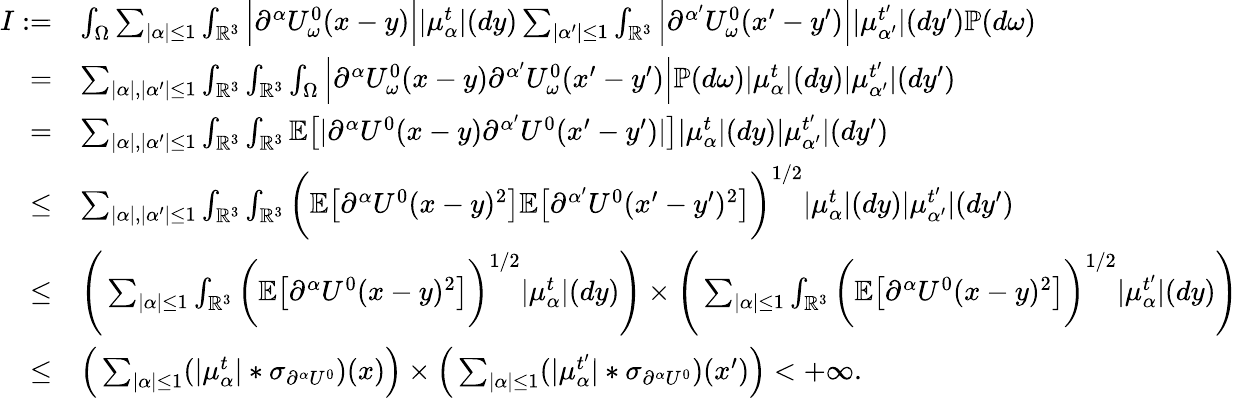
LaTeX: \begin{array}{rl}{I:=}&{\int_{\Omega}\sum_{|\alpha|\leq 1}\int_{\mathbb{R}^{3}}\Big|\partial^{\alpha}U_{\omega}^{0}(x-y)\Big||\mu_{\alpha}^{t}|(dy)\sum_{|\alpha^{\prime}|\leq 1}\int_{\mathbb{R}^{3}}\Big|\partial^{\alpha^{\prime}}U_{\omega}^{0}(x^{\prime}-y^{\prime})\Big||\mu_{\alpha^{\prime}}^{t^{\prime}}|(dy^{\prime})\mathbb{P}(d\omega)}\\ {=}&{\sum_{|\alpha|,|\alpha^{\prime}|\leq 1}\int_{\mathbb{R}^{3}}\int_{\mathbb{R}^{3}}\int_{\Omega}\Big|\partial^{\alpha}U_{\omega}^{0}(x-y)\partial^{\alpha^{\prime}}U_{\omega}^{0}(x^{\prime}-y^{\prime})\Big|\mathbb{P}(d\omega)|\mu_{\alpha}^{t}|(dy)|\mu_{\alpha^{\prime}}^{t^{\prime}}|(dy^{\prime})}\\ {=}&{\sum_{|\alpha|,|\alpha^{\prime}|\leq 1}\int_{\mathbb{R}^{3}}\int_{\mathbb{R}^{3}}\mathbb{E}\big[|\partial^{\alpha}U^{0}(x-y)\partial^{\alpha^{\prime}}U^{0}(x^{\prime}-y^{\prime})|\big]|\mu_{\alpha}^{t}|(dy)|\mu_{\alpha^{\prime}}^{t^{\prime}}|(dy^{\prime})}\\ {\leq}&{\sum_{|\alpha|,|\alpha^{\prime}|\leq 1}\int_{\mathbb{R}^{3}}\int_{\mathbb{R}^{3}}\bigg(\mathbb{E}\big[\partial^{\alpha}U^{0}(x-y)^{2}\big]\mathbb{E}\big[\partial^{\alpha^{\prime}}U^{0}(x^{\prime}-y^{\prime})^{2}\big]\bigg)^{1/2}|\mu_{\alpha}^{t}|(dy)|\mu_{\alpha^{\prime}}^{t^{\prime}}|(dy^{\prime})}\\ {\leq}&{\Bigg(\sum_{|\alpha|\leq 1}\int_{\mathbb{R}^{3}}\bigg(\mathbb{E}\big[\partial^{\alpha}U^{0}(x-y)^{2}\big]\bigg)^{1/2}|\mu_{\alpha}^{t}|(dy)\Bigg)\times\Bigg(\sum_{|\alpha|\leq 1}\int_{\mathbb{R}^{3}}\bigg(\mathbb{E}\big[\partial^{\alpha}U^{0}(x-y)^{2}\big]\bigg)^{1/2}|\mu_{\alpha}^{t^{\prime}}|(dy)\Bigg)}\\ {\leq}&{\Big(\sum_{|\alpha|\leq 1}(|\mu_{\alpha}^{t}|*\sigma_{\partial^{\alpha}U^{0}})(x)\Big)\times\Big(\sum_{|\alpha|\leq 1}(|\mu_{\alpha}^{t^{\prime}}|*\sigma_{\partial^{\alpha}U^{0}})(x^{\prime})\Big)<+\infty.}\end{array}